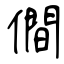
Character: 僴